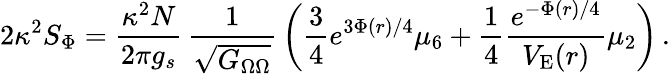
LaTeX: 2\kappa^{2}S_{\Phi}={\frac{\kappa^{2}N}{2\pi g_{s}}}\, {\frac{1}{\sqrt{G_{\Omega\Omega}}}}\left({\frac{3}{4}}{e^{3\Phi(r)/4}}\mu_{6}+{\frac{1}{4}}{\frac{e^{-\Phi(r)/4}}{V_{\mathrm{E}}(r)}}\mu_{2}\right)\, .